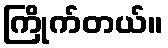
ကြိုက်တယ်။